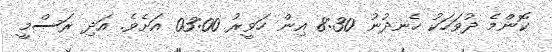
ކޮންމެ ދުވަހަކު ހެނދުނު 8:30 އިން ހަވީރު 03:00 އަށެވެ. އަދި ރަސްމީ